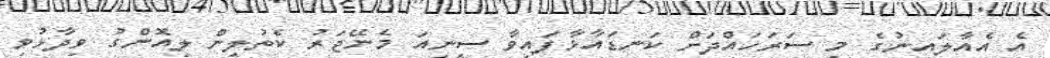
އެ އެއާލައިނުގެ މި ސަރަހައްދަށް ކަނޑައާޅާފައިވާ ސީނިއަ މެނޭޖަރު ކެތުލީން ލިއޮންގު ވިދާޅުވި